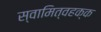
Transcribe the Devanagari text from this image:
स्वामित्वहक्क